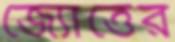
জ্যোত্তের